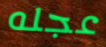
عجله